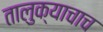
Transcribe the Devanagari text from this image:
तालुक्याचाच